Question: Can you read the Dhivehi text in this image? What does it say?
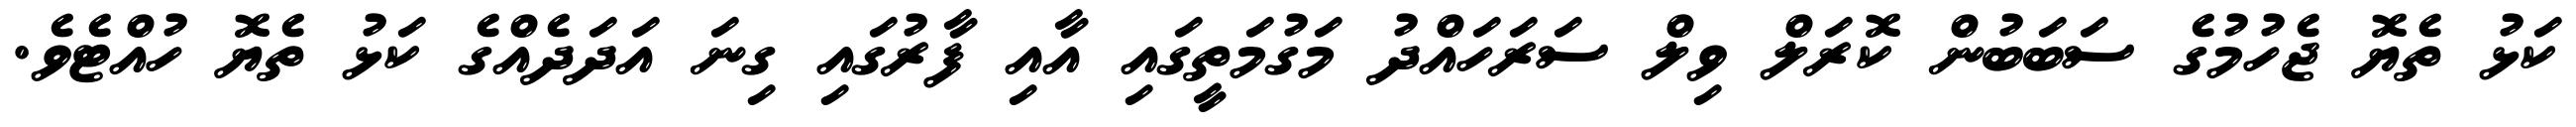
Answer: ކަޅު ތެޔޮ ޖެހުމުގެ ސަބަބުން ކޮރަލް ވިލް ސަރަހައްދު މަގުމަތީގައި އާއި ފާރުގައި ގިނަ އަދަދެއްގެ ކަޅު ތެޔޮ ހުއްޓެވެ.